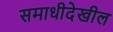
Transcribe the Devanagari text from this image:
समाधीदेखील